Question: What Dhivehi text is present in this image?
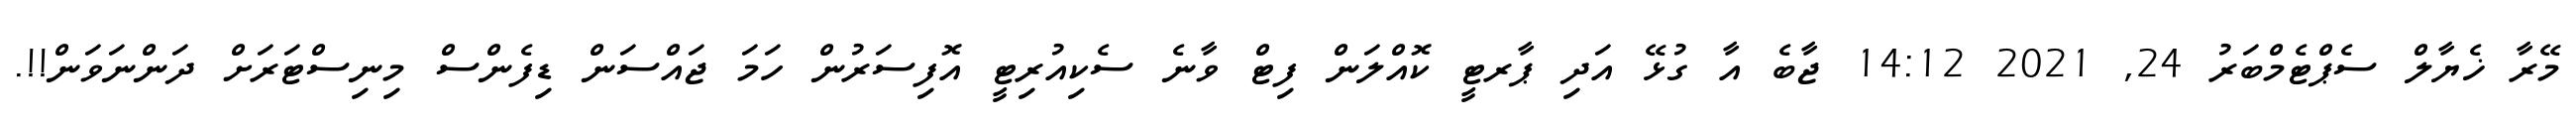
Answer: މޭރާ ޚެޔާލް ސެޕްޓެމްބަރު 24, 2021 14:12 ޖާބެ އާ ގުޅޭ އަދި ޕާރޓީ ކޮއްލަން ފިޓް ވާނެ ސެކިއުރިޓީ އޮފިސަރުން ހަމަ ޖައްސަން ޑިފެންސް މިނިސްޓަރަށް ދަންނަވަން!!.